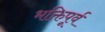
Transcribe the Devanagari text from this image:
भक्तिपूर्व